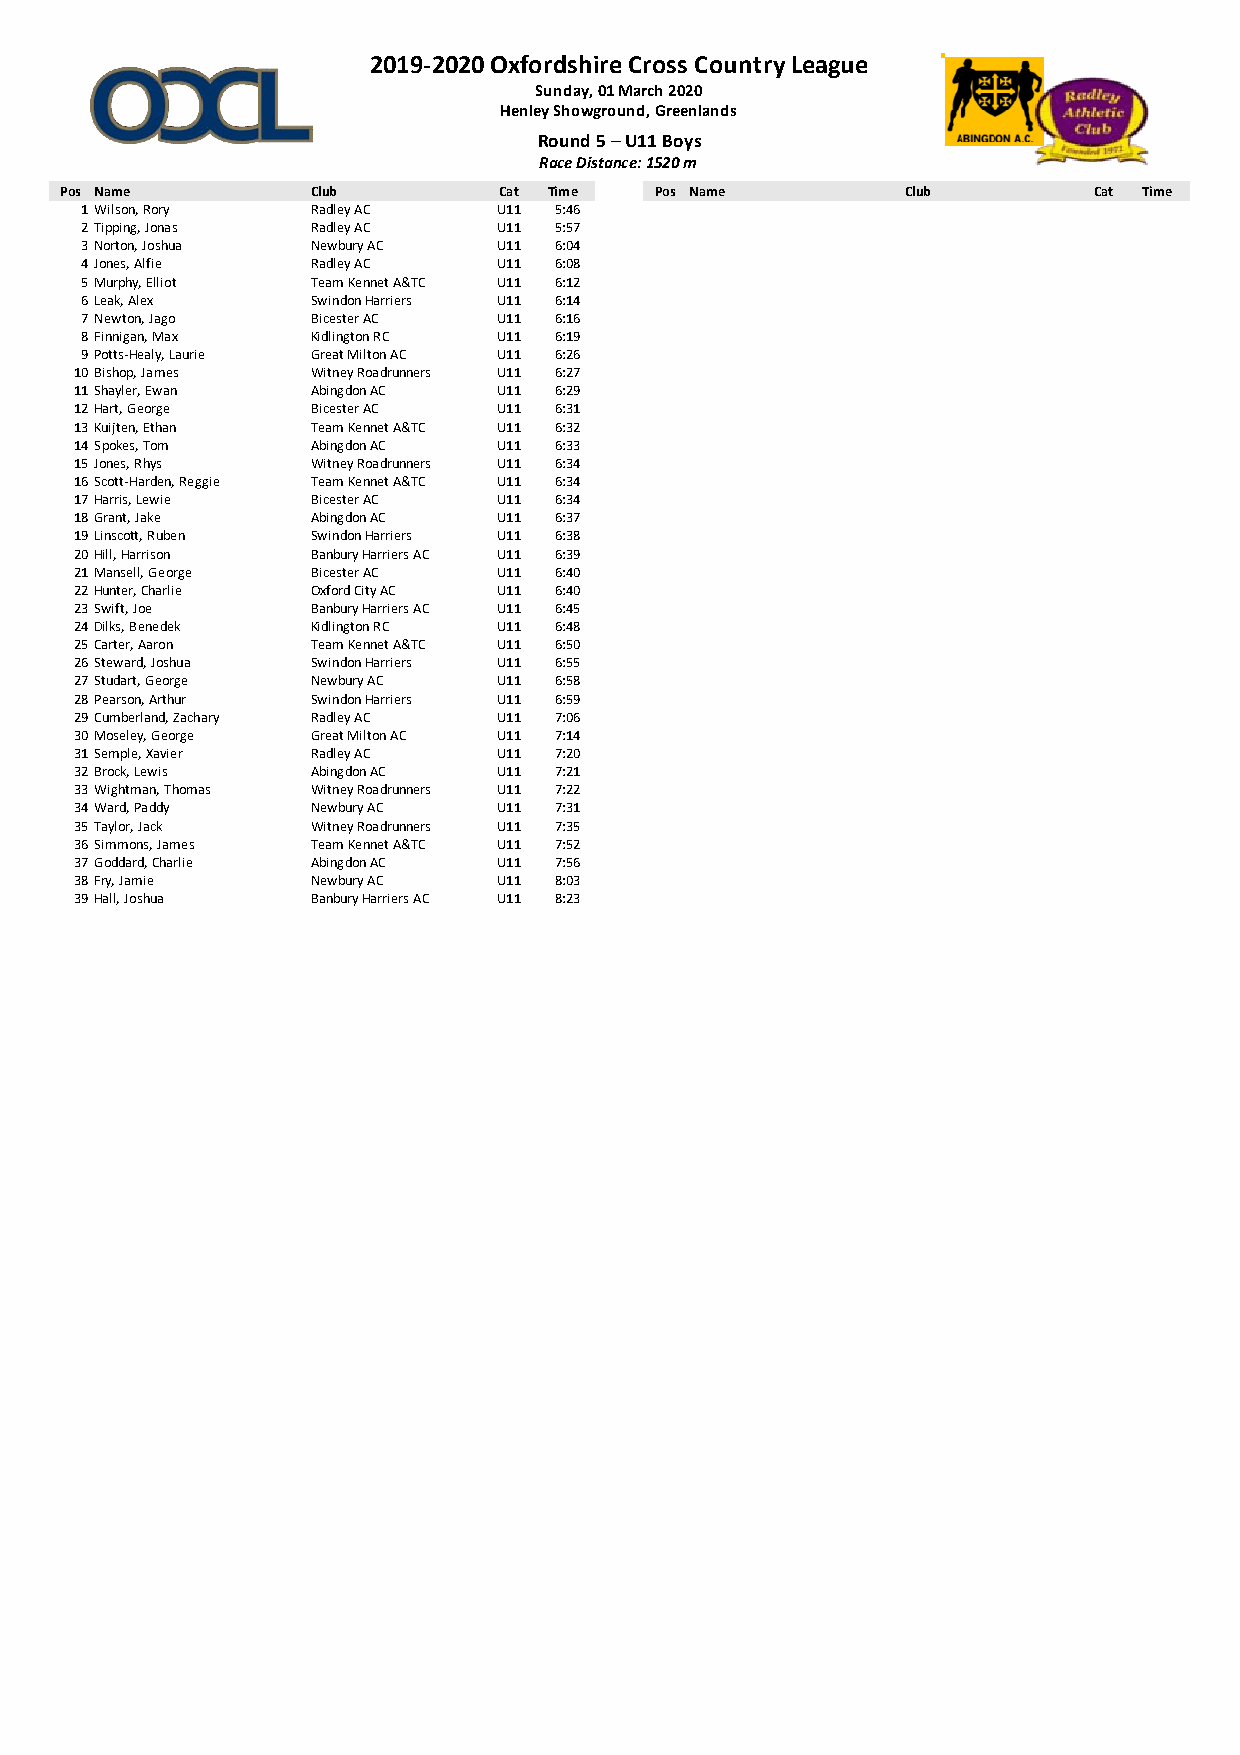
2019-2020 Oxfordshire Cross Country League
 Sunday, 01 March 2020
 Henley Showground, Greenlands
 Round 5 – U11 Boys
 Race Distance: 1520 m
 Pos Name         Club        Cat Time  Pos Name         Club        Cat Time
 1Wilson, Rory   Radley AC   U11 5:46
 2Tipping, Jonas Radley AC   U11 5:57
 3Norton, Joshua Newbury AC  U11 6:04
 4Jones, Alfie   Radley AC   U11 6:08
 5Murphy, Elliot Team Kennet A&TC U11 6:12
 6Leak, Alex     Swindon Harriers U11 6:14
 7Newton, Jago   Bicester AC U11 6:16
 8Finnigan, Max  Kidlington RC U11 6:19
 9Potts-Healy, Laurie Great Milton AC U11 6:26
 10Bishop, James Witney Roadrunners U11 6:27
 11Shayler, Ewan Abingdon AC U11 6:29
 12Hart, George  Bicester AC U11 6:31
 13Kuijten, Ethan Team Kennet A&TC U11 6:32
 14Spokes, Tom   Abingdon AC U11 6:33
 15Jones, Rhys   Witney Roadrunners U11 6:34
 16Scott-Harden, Reggie Team Kennet A&TC U11 6:34
 17Harris, Lewie Bicester AC U11 6:34
 18Grant, Jake   Abingdon AC U11 6:37
 19Linscott, Ruben Swindon Harriers U11 6:38
 20Hill, Harrison Banbury Harriers AC U11 6:39
 21Mansell, George Bicester AC U11 6:40
 22Hunter, Charlie Oxford City AC U11 6:40
 23Swift, Joe    Banbury Harriers AC U11 6:45
 24Dilks, Benedek Kidlington RC U11 6:48
 25Carter, Aaron Team Kennet A&TC U11 6:50
 26Steward, Joshua Swindon Harriers U11 6:55
 27Studart, George Newbury AC U11 6:58
 28Pearson, Arthur Swindon Harriers U11 6:59
 29Cumberland, Zachary Radley AC U11 7:06
 30Moseley, George Great Milton AC U11 7:14
 31Semple, Xavier Radley AC  U11 7:20
 32Brock, Lewis  Abingdon AC U11 7:21
 33Wightman, Thomas Witney Roadrunners U11 7:22
 34Ward, Paddy   Newbury AC  U11 7:31
 35Taylor, Jack  Witney Roadrunners U11 7:35
 36Simmons, James Team Kennet A&TC U11 7:52
 37Goddard, Charlie Abingdon AC U11 7:56
 38Fry, Jamie    Newbury AC  U11 8:03
 39Hall, Joshua  Banbury Harriers AC U11 8:23